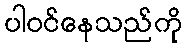
ပါဝင်နေသည်ကို